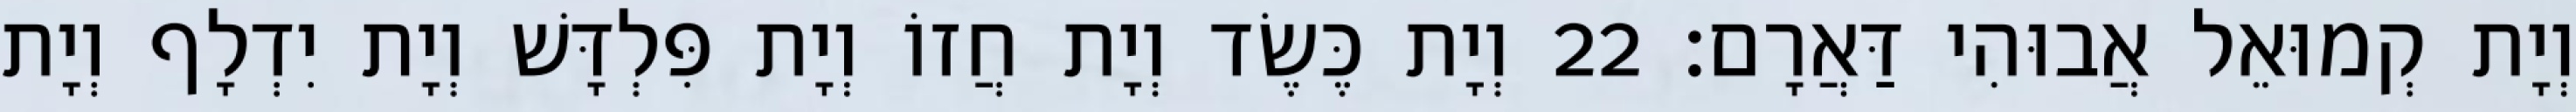
וְיָת קְמוּאֵל אֲבוּהִי דַּאֲרָם׃ 22 וְיָת כֶּשֶׂד וְיָת חֲזוֹ וְיָת פִּלְדָּשׁ וְיָת יִדְלָף וְיָת